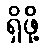
ရှိဖို့